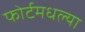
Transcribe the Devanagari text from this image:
फोर्टमधल्या